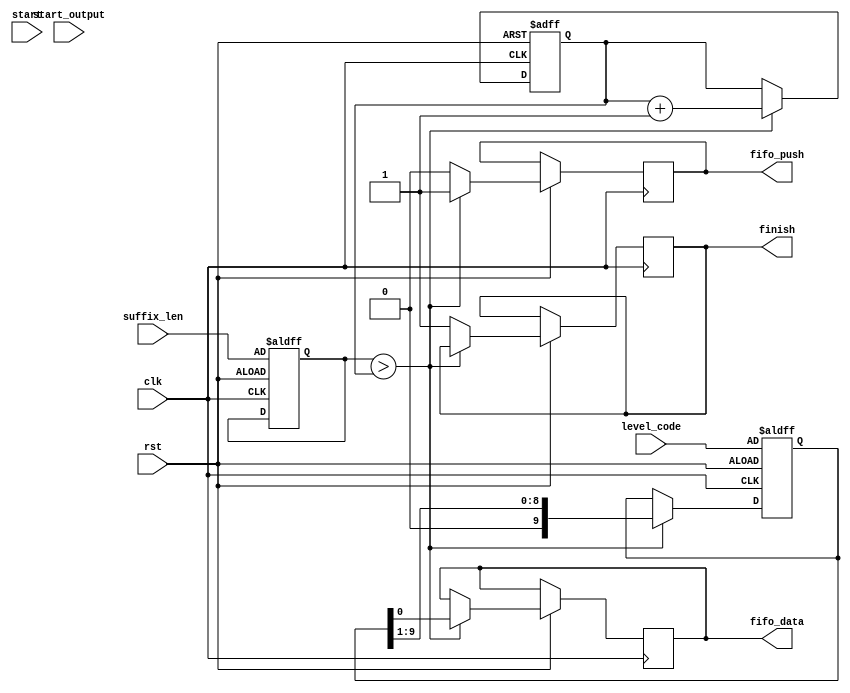
`timescale 1ns / 1ps
//////////////////////////////////////////////////////////////////////////////////
// Company: 
// Engineer: 
// 
// Design Name: 
// Module Name: suffix_calc
// Project Name: 
// Target Devices: 
// Tool Versions: 
// Description: 
// 
// Dependencies: 
// 
// Revision:
// Revision 0.01 - File Created
// Additional Comments:
// 
//////////////////////////////////////////////////////////////////////////////////


module Suffix_Calc #(parameter data_length = 9)(
input                       clk,
input                       rst,

// Control and Ack signals 
input                       start,
input                       start_output,
output reg                  finish,

// Data from the controller
input [data_length:0]      level_code,
input [2:0]                suffix_len,

// Output prefix to the fifo
output reg                  fifo_push,
output reg                  fifo_data
    );
    
reg       [2:0]             i_suffix_len;
reg       [data_length:0]   i_level_code;  // PLEASE ENSURE REGISTER LEGNTH
reg       [2:0]             counter;
    
    always @ (posedge clk or negedge rst) begin
        if (!rst)
          begin
            i_suffix_len      <= suffix_len;
            i_level_code      <= level_code;
            counter           <= 'b0;
            
          end
        else
        begin
           if (i_suffix_len > counter)
             begin            
             counter            <= counter +1;
             i_level_code       <= {1'b0 , i_level_code [data_length:1]};
             fifo_data          <= i_level_code[0];
             fifo_push          <= 'b1;
             end
           else 
             begin                        
               fifo_push       <= 'b0;
               finish          <= 'b1;
             end
           
        end
   
    end

endmodule